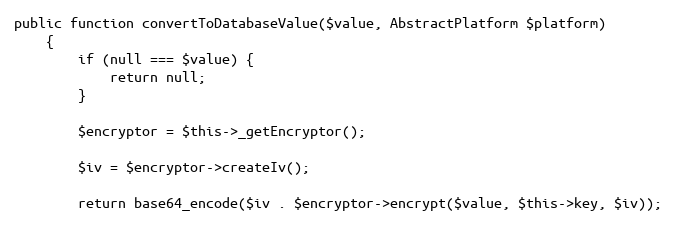
Language: PHP
public function convertToDatabaseValue($value, AbstractPlatform $platform)
    {
        if (null === $value) {
            return null;
        }

        $encryptor = $this->_getEncryptor();

        $iv = $encryptor->createIv();

        return base64_encode($iv . $encryptor->encrypt($value, $this->key, $iv));